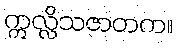
ဣလ္လိသဇာတက။